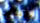
اختلاس